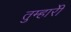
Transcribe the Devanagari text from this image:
तुम्हारीे